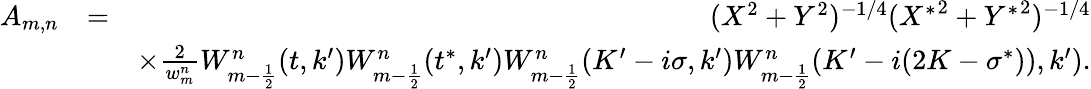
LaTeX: \begin{array}{rlr}{A_{m,n}}&{=}&{(X^{2}+Y^{2})^{-1/4}({X^{\ast}}^{2}+{Y^{\ast}}^{2})^{-1/4}}\\ &{}&{\times\frac{2}{w_{m}^{n}}W_{m-\frac 12}^{n}(t,k^{\prime})W_{m-\frac 12}^{n}(t^{\ast},k^{\prime})W_{m-\frac 12}^{n}(K^{\prime}-i\sigma,k^{\prime})W_{m-\frac 12}^{n}(K^{\prime}-i(2K-\sigma^{\ast})),k^{\prime}).}\end{array}